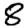
Digit: 8